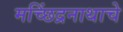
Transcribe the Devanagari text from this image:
मच्छिंद्रनाथाचे